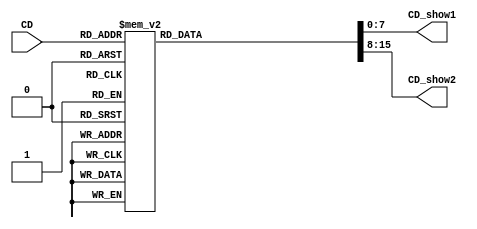
`timescale 1ns / 1ps
//////////////////////////////////////////////////////////////////////////////////
// Company: 
// Engineer: 
// 
// Design Name: 
// Module Name: translate_cd
// Project Name: 
// Target Devices: 
// Tool Versions: 
// Description: 
// 
// Dependencies: 
// 
// Revision:
// Revision 0.01 - File Created
// Additional Comments:
// 
//////////////////////////////////////////////////////////////////////////////////


module translate_cd(
    input [4:0] CD, //countdown
    output reg [7:0] CD_show1, //seg1 for first digit
    output reg [7:0] CD_show2 //seg2 for second digit
    );
 always @ (CD) begin
       case(CD)
        5'b00000:begin CD_show1 = 8'b00111111; CD_show2 = 8'b00111111; end //00
        5'b00001:begin CD_show1 = 8'b00111111; CD_show2 = 8'b00000110; end//01
        5'b00010:begin CD_show1 = 8'b00111111; CD_show2 = 8'b01011011; end//02
        5'b00011:begin CD_show1 = 8'b00111111; CD_show2 = 8'b01001111; end//03
        5'b00100:begin CD_show1 = 8'b00111111; CD_show2 = 8'b01100110; end//04
        5'b00101:begin CD_show1 = 8'b00111111; CD_show2 = 8'b01101101; end//05
        5'b00110:begin CD_show1 = 8'b00111111; CD_show2 = 8'b01111101; end//06
        5'b00111:begin CD_show1 = 8'b00111111; CD_show2 = 8'b00100111; end//07
        5'b01000:begin CD_show1 = 8'b00111111; CD_show2 = 8'b01111111; end//08
        5'b01001:begin CD_show1 = 8'b00111111; CD_show2 = 8'b01100111; end//09
        5'b01010:begin CD_show1 = 8'b00000110; CD_show2 = 8'b00111111; end//10
        5'b01011:begin CD_show1 = 8'b00000110; CD_show2 = 8'b00000110; end//11
        5'b01100:begin CD_show1 = 8'b00000110; CD_show2 = 8'b01011011; end//12
        5'b01101:begin CD_show1 = 8'b00000110; CD_show2 = 8'b01001111; end//13
        5'b01110:begin CD_show1 = 8'b00000110; CD_show2 = 8'b01100110; end//14
        5'b01111:begin CD_show1 = 8'b00000110; CD_show2 = 8'b01101101; end//15
        5'b10000:begin CD_show1 = 8'b00000110;CD_show2 = 8'b01111101; end//16
        5'b10001:begin CD_show1 = 8'b00000110;CD_show2 = 8'b00100111; end//17
        5'b10010:begin CD_show1 = 8'b00000110;CD_show2 = 8'b01111111; end//18
        5'b10011:begin CD_show1 = 8'b00000110; CD_show2 = 8'b01100111; end//19
        5'b10100:begin CD_show1 = 8'b01011011; CD_show2 = 8'b00111111; end //20
        5'b10101:begin CD_show1 = 8'b01011011; CD_show2 = 8'b00000110; end//21
        5'b10110:begin CD_show1 = 8'b01011011;CD_show2 = 8'b01011011; end//22
        5'b10111:begin CD_show1 = 8'b01011011;CD_show2 = 8'b01001111; end//23
        5'b11000:begin CD_show1 = 8'b01011011;CD_show2 = 8'b01100110; end//24
        5'b11001:begin CD_show1 = 8'b01011011;CD_show2 = 8'b01101101; end//25
        5'b11010:begin CD_show1 = 8'b01011011;CD_show2 = 8'b01111101; end//26
        5'b11011:begin CD_show1 = 8'b01011011;CD_show2 = 8'b00100111; end//27
        5'b11100:begin CD_show1 = 8'b01011011;CD_show2 = 8'b01111111; end//28
        5'b11101:begin CD_show1 = 8'b01011011;CD_show2 = 8'b01100111; end//29
        5'b11110:begin CD_show1 = 8'b01001111; CD_show2 = 8'b00111111; end //30
        5'b11111: begin CD_show1 = 8'b01001111; CD_show2 = 8'b00000110; end //31
        default:begin CD_show1 = 8'b00111111; CD_show2 = 8'b00111111; end //00
        endcase
        end
endmodule